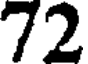
72